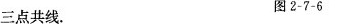
三点共线。 图2-7-6